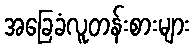
အခြေခံလူတန်းစားများ